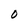
Character: 0